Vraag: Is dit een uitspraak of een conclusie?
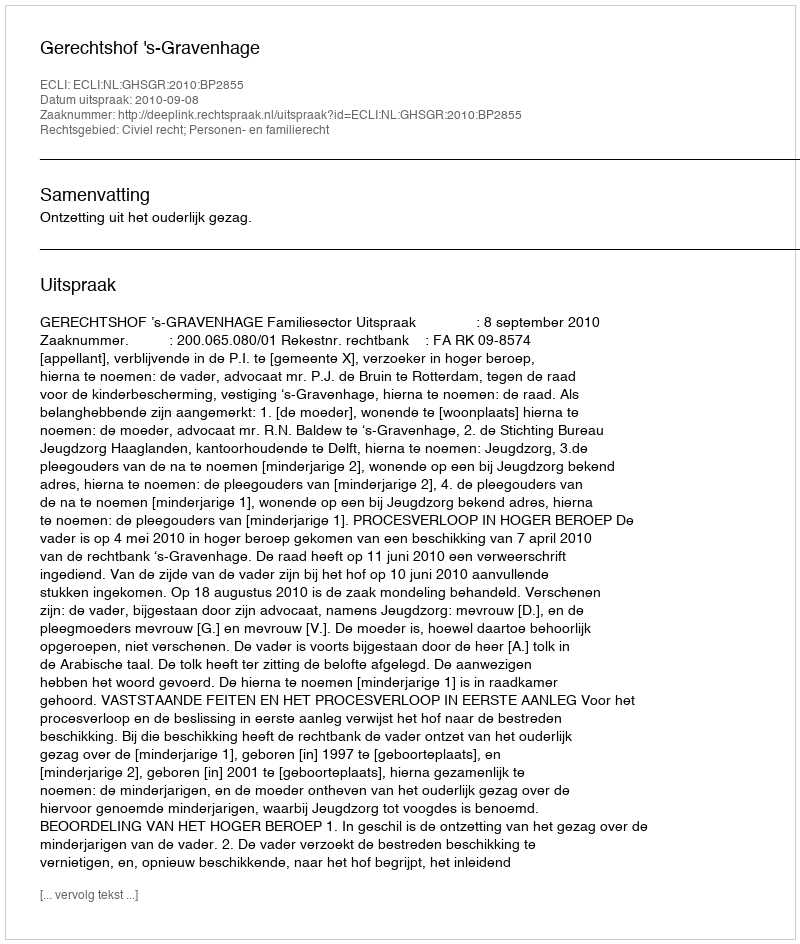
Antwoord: Uitspraak